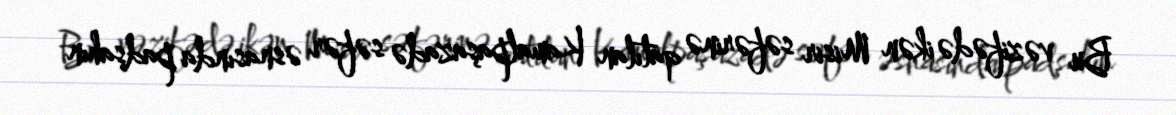
Bu vəzifədə ikən Misir səfərinə qatılan Kamalpaşazadə səfər əsnasında padşahın